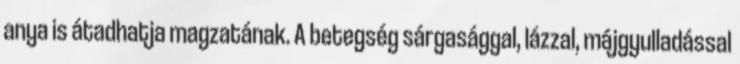
anya is átadhatja magzatának. A betegség sárgasággal, lázzal, májgyulladással